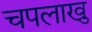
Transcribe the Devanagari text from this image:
चपलाखु